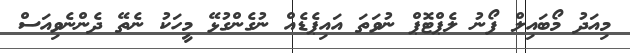
މިއަދު މޯބައިލް ފޯނު ލެޕްޓޮޕް ނުވަތަ އައިޕެޑެއް ނުގެންގުޅޭ މީހަކު ނެތޭ ދެންނެވިއަސް